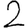
Digit: 2